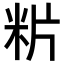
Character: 𥸺